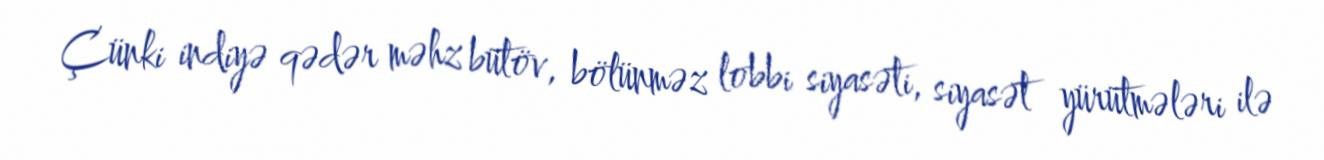
Çünki indiyə qədər məhz bütöv, bölünməz lobbi siyasəti, siyasət yürütmələri ilə